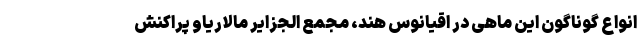
انواع گوناگون این ماهی در اقیانوس هند، مجمع الجزایر مالاریاو پراکنش